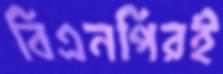
বিএনপিরই